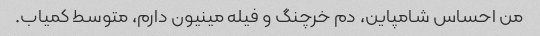
من احساس شامپاین، دم خرچنگ و فیله مینیون دارم، متوسط ​​کمیاب.